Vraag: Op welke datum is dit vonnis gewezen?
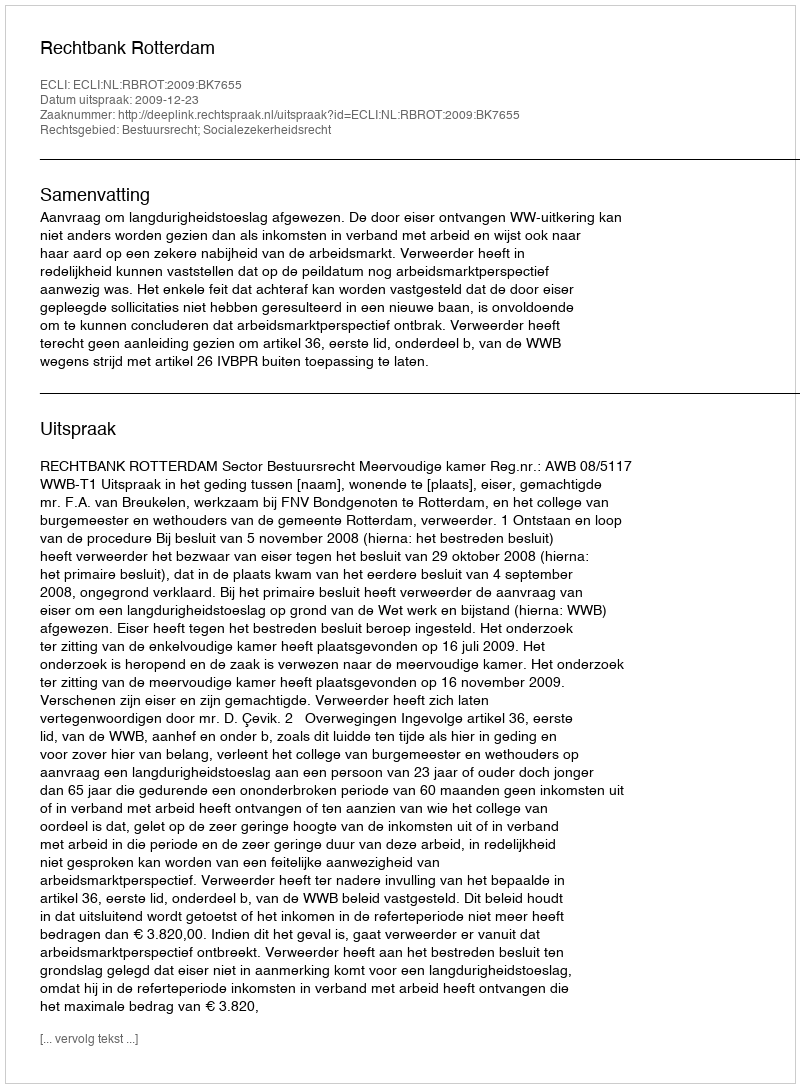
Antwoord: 2009-12-23